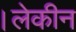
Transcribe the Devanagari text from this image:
।लेकीन